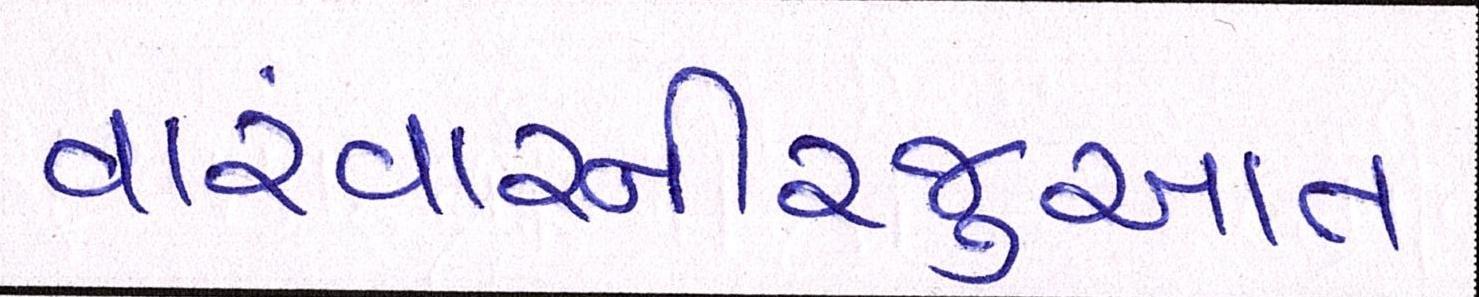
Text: વારંવારનીરજુઆત